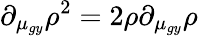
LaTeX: \partial_{\mu_{gy}}\rho^{2}=2\rho\partial_{\mu_{gy}}\rho